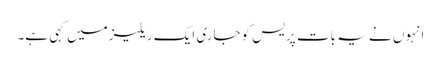
انہوں نے یہ بات پریس کوجاری ایک ریلیزمیں کہی ہے۔